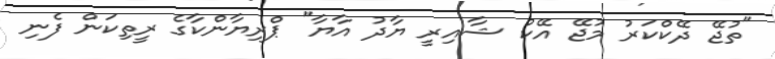
"ތުޖޭ ދޭކްކަރު މުޖޭ އޭކު ޝާއިރީ ޔާދު އާޔާ" ޕްރިޔާންކާގެ ރީތިކަން ފެނި